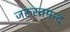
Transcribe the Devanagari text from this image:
जरुरतमन्द